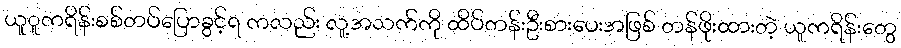
ယူူကရိန်းစစ်တပ်ပြောခွင့်ရ ကလည်း လူ့အသက်ကို ထိပ်တန်းဦးစားပေးအဖြစ် တန်ဖိုးထားတဲ့ ယူကရိန်းတွေ